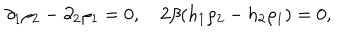
\partial _ { 1 } \rho _ { 2 } - \partial _ { 2 } \rho _ { 1 } = 0 , \quad 2 \beta ( h _ { 1 } \rho _ { 2 } - h _ { 2 } \rho _ { 1 } ) = 0 ,